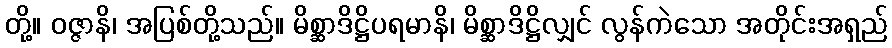
တို့။ ဝဇ္ဇာနိ၊ အပြစ်တို့သည်။ မိစ္ဆာဒိဋ္ဌိပရမာနိ၊ မိစ္ဆာဒိဋ္ဌိလျှင် လွန်ကဲသော အတိုင်းအရှည်